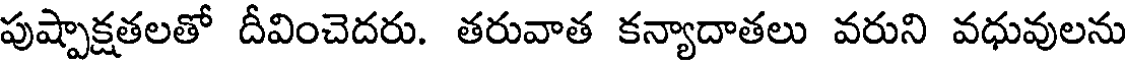
పుష్పాక్షతలతో దీవించెదరు. తరువాత కన్యాదాతలు వరుని వధువులను